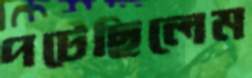
পটেছিলেম